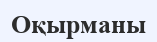
Оқырманы